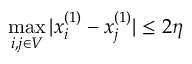
\operatorname* { m a x } _ { i , j \in V } | x _ { i } ^ { ( 1 ) } - x _ { j } ^ { ( 1 ) } | \leq 2 \eta